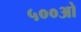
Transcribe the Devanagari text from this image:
५००ओ